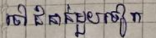
ទៅជំនាន់មួយទៀត